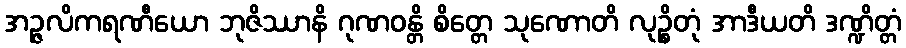
အဉ္ဇလိကရဏီယော ဘုဇိဿာနိ ဂုဏဝန္တိ စိတ္တေ သုဏောတိ လုဉ္စိတုံ အာဒီယတိ ဒဏ္ဍိတ္တံ